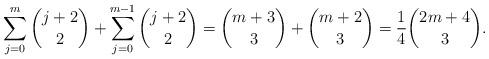
LaTeX: \begin{align*} \sum_{j=0}^m \binom{j+2}2 + \sum_{j=0}^{m-1} \binom{j+2}2 = \binom{m+3}3+\binom{m+2}3 = \frac14\binom{2m+4}3. \end{align*}